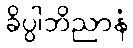
ခိပ္ပါဘိညာနံ